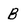
Character: B